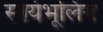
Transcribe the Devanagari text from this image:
स्वयंभूलिंग